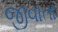
જીવાતા